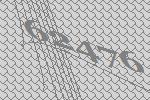
62476